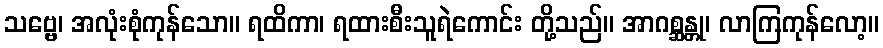
သဗ္ဗေ၊ အလုံးစုံကုန်သော။ ရထိကာ၊ ရထားစီးသူရဲကောင်း တို့သည်။ အာဂစ္ဆန္တု၊ လာကြကုန်လော့။